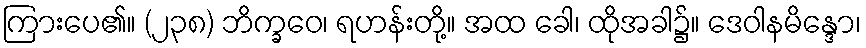
ကြားပေ၏။ (၂၃၈) ဘိက္ခဝေ၊ ရဟန်းတို့။ အထ ခေါ၊ ထိုအခါ၌။ ဒေဝါနမိန္ဒော၊